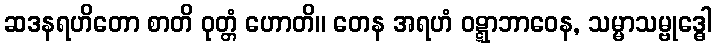
ဆဒနရဟိတော စာတိ ဝုတ္တံ ဟောတိ။ တေန အရဟံ ဝဋ္ဋာဘာဝေန, သမ္မာသမ္ဗုဒ္ဓေါ